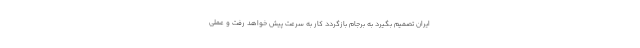
ایران تصمیم بگیرد به برجام بازگردد کار به سرعت پیش خواهد رفت و عملی